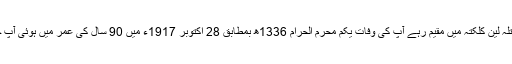
آپ بریلی میں رہنے کے علاوہ کچھ دنوں امرتلہ لین کلکتہ میں مقیم رہے آپ کی وفات یکم محرم الحرام 1336ھ بمطابق 28 اکتوبر 1917ء میں 90 سال کی عمر میں ہوئی آپ حسین باغ محلہ باقر گنج بریلی میں مدفون ہیں۔